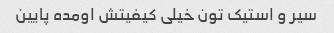
سیر و استیک تون خیلی کیفیتش اومده پایین